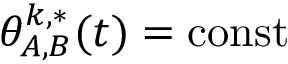
\theta _ { A , B } ^ { k , * } ( t ) = \mathrm { c o n s t }